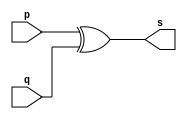
//--------------------------------------
//Exemplo0005 - XOR
//Nome: Rafael Guimaraes de Sousa
//Matrcula: 451607
//---------------------------------------

//------------------
//-- xor gate
//------------------

module xorgate(output [0:3] s,
					input [0:3] p,
					input [0:3] q);
	assign s = p ^ q;
endmodule //xorgate

//----------------
//-- test xor gate
//----------------

module testxorgate;
//------------- dados locais
	reg [0:3] a,b; //definir registrador
	wire [0:3]s; //definir conexo(fio)
	
//------------------- instancia
	xorgate XOR1(s,a,b);
//-------------------- preparao
	initial begin:start
		a=4'b0011; //4 valores binrios
		b=4'b0101; //4 valores binrios
	end
//--------------------- parte principal

	initial begin
		$display("Exemplo0005 - Rafael Guimaraes de Sousa - 451607");
		$display("Test XOR gate");
		$display("\na ^ b = s\n");
		$monitor("%b ^ %b = %b",a,b,s);
		#1 a=0; b=0; 						//valores decimais
		#1 a= 4'b0010; b=4'b0001;		//valores binrios
		#1 a=4'd1;		b=3;				//decimal e decimal
		#1 a=4'o5;		b=2;				//octal e decimal
		#1 a=4'hA;		b=3;				//hexadecimal e decimal
		#1 a=4'h9;		b=4'o3;			//hexadecimal e octal
	end

endmodule //testxorgate